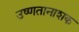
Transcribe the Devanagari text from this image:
उष्णतानाशक